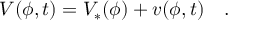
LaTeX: V ( \phi , t ) = V _ { * } ( \phi ) + v ( \phi , t ) \quad .